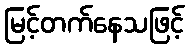
မြင့်တက်နေသဖြင့်